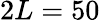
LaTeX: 2L=50